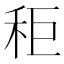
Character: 秬